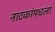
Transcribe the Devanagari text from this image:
नाटकांमधला